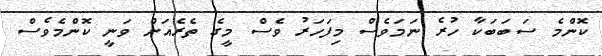
ކޮންމެ ސަބަބަކާ ހުރެ ނަމަވެސް މިފަހަރު ވެސް މީގެ ތެރެއަށް ވަނީ ކޮންމެވެސް